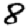
Digit: 8